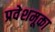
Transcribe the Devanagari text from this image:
प्रवेशमूका